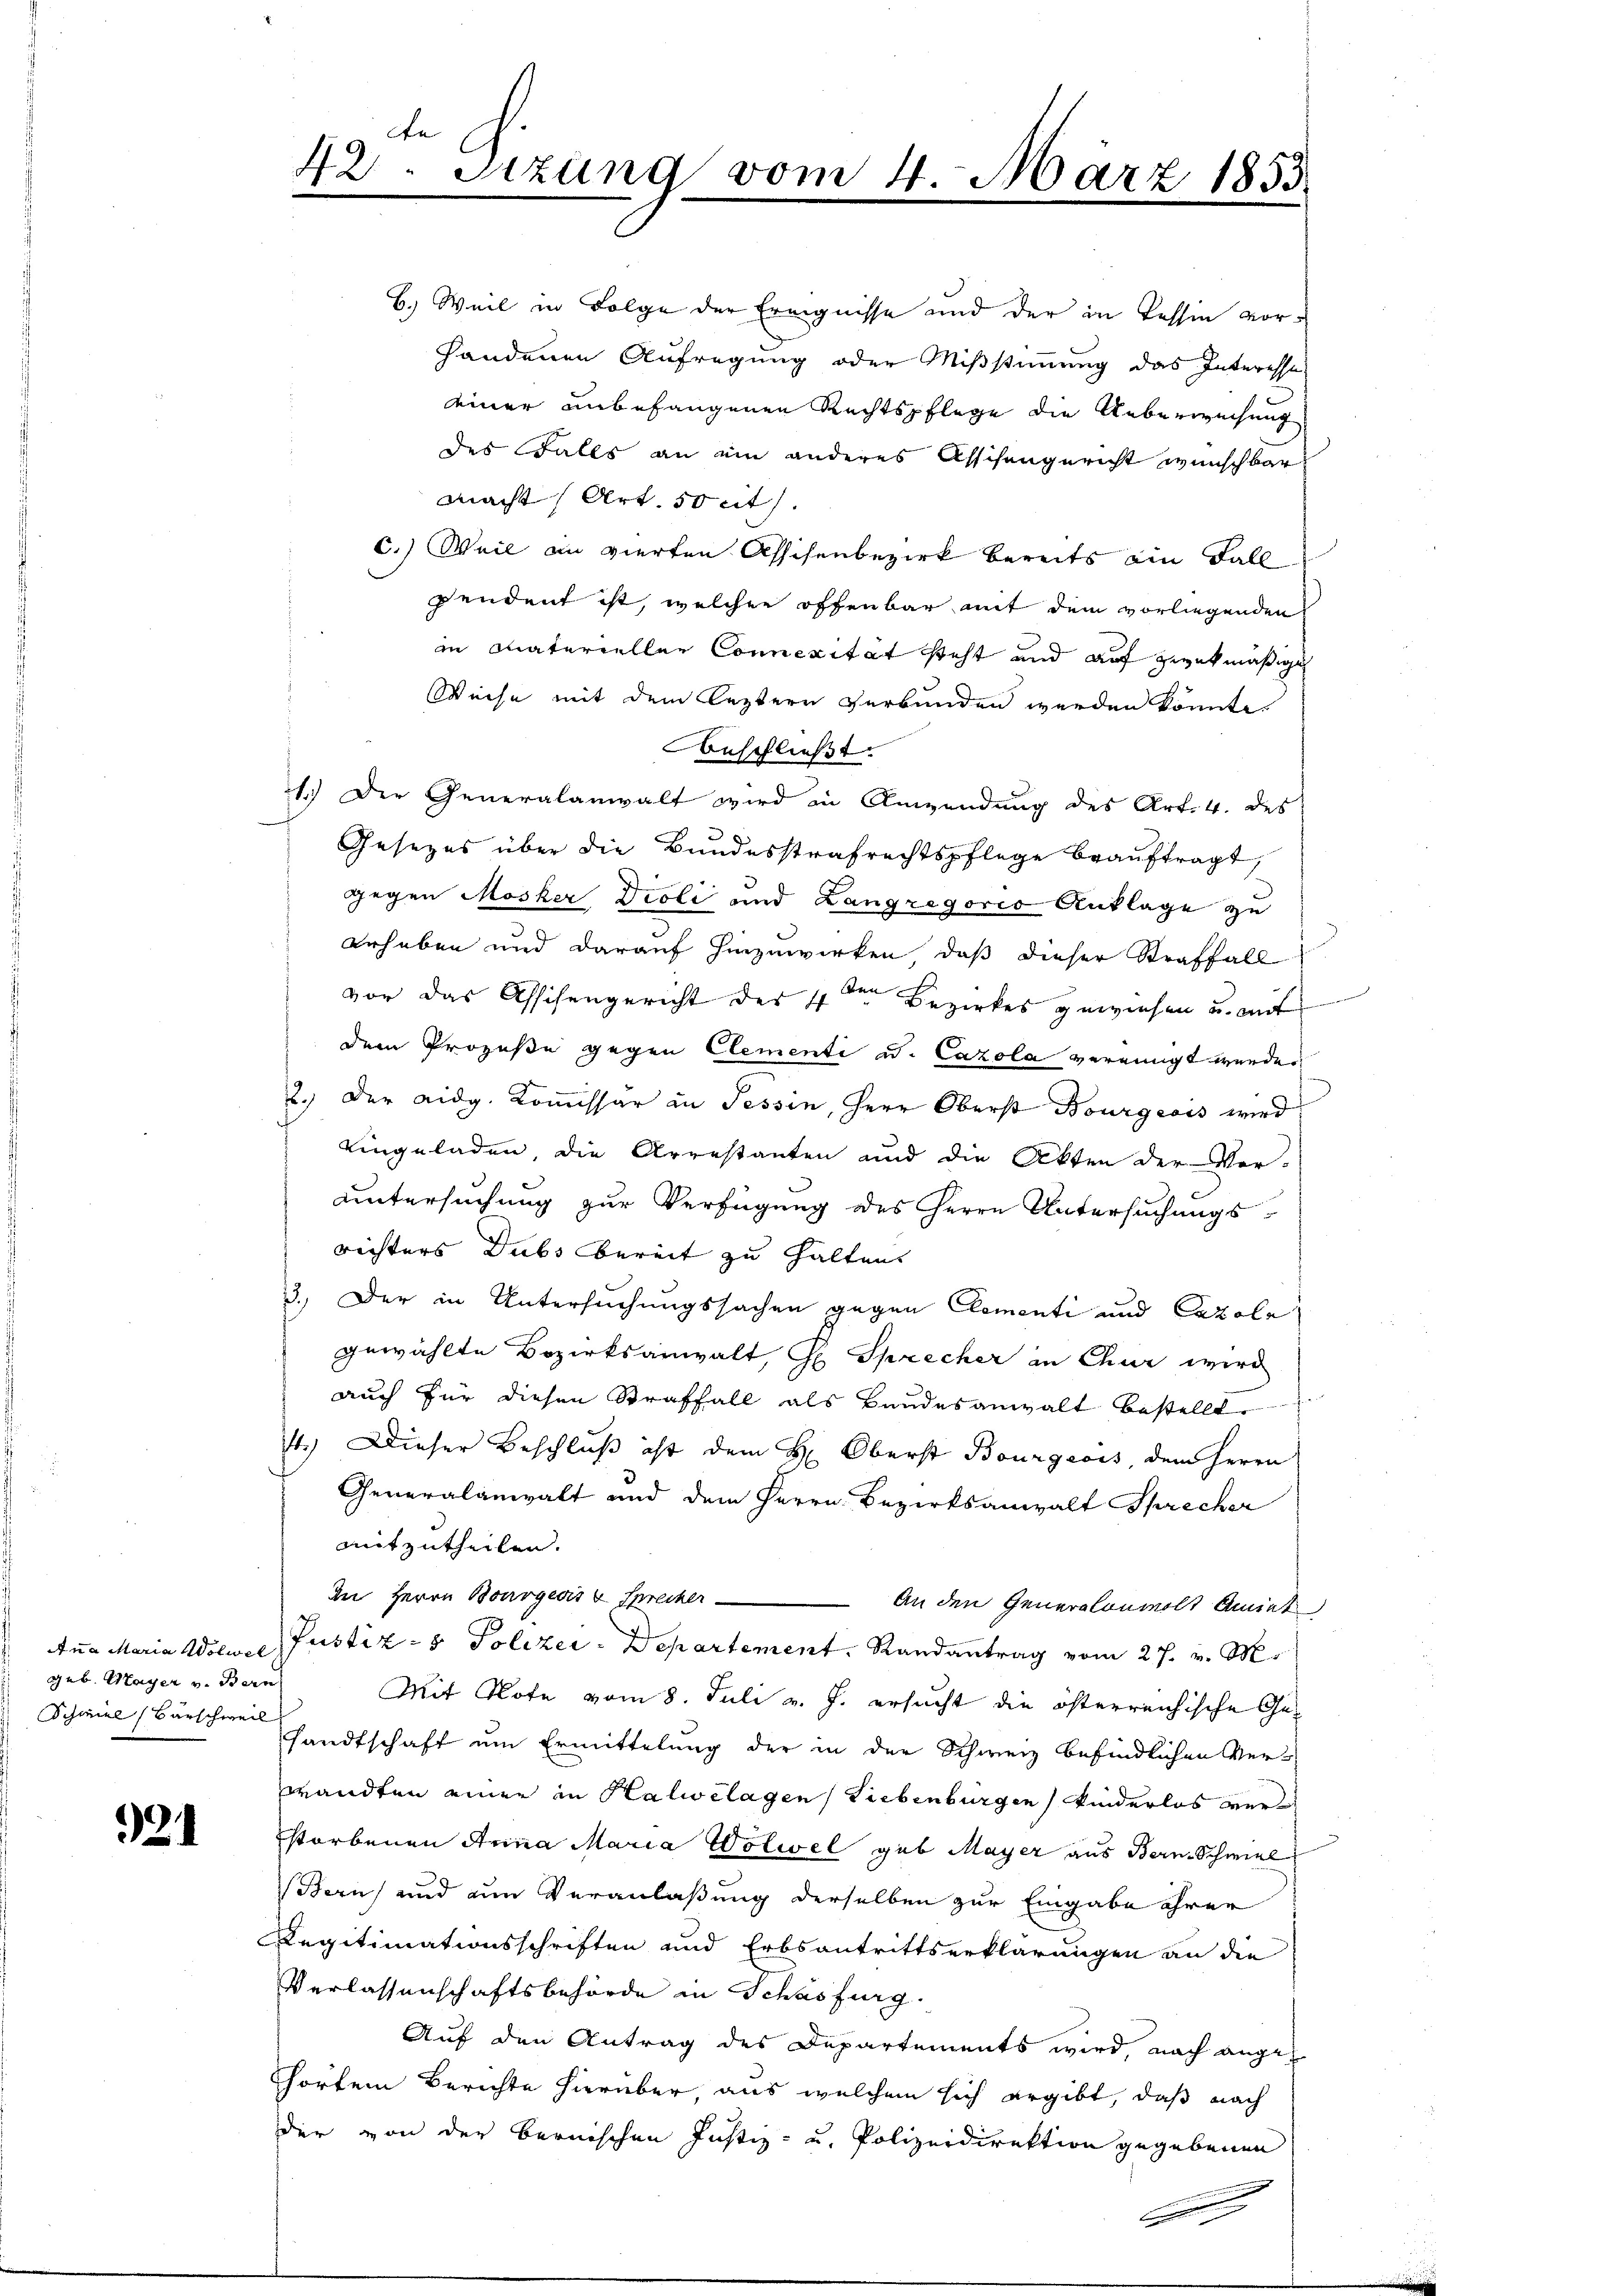
geb. Mayer v. Bern
Schmiel Barschweil

924

e
t
42. Sitzung vom 4. März 1855.

B. Weil in Folge der Ereignisse und der in Tessin vorhandenen Aufregung oder Mißstimmung das Interesser
einer unbefangenen Rechtspflege die Ueberweisung
des Falls an ein anderes Asschengericht wünschbar
macht (Art. so cit.
C.) Weil an vierten Assisenbezirk bereits ein Fall
pendent ist, welcher offenbar mit dem vorliegenden
in Materieller Connexität steht und auf zwekmäßige
Weise mit dem leztern verbunden werden könnte.
Aeschließt:
11.) Der Generalanwalt wird in Anwendung des Art. 4. des
Gesezes über die Bundesstrafrechtspflege beauftragt,
gegen Mosker Dioli und Langregorio Anklage zu
erhaben und darauf hinzuwirken, daß dieser Straffall
vor das Assisengericht des 11 de
Bezirkes gewiesen u. mit
dem Prozeße gegen Clementi ad. Cazola vereinigt werden
2.) Der eidg. Kommissar in Tessin, Herr Oberst Bourgeois wird
Eingeladen, die Arrestanten und die Akten der Vor-
untersuchung zur Verfügung des Herrn Untersuchungsrichters Dubs bereit zu halten.
3. Der in Untersuchungssachen gegen Clementi und Cazola
gewählte Bezirksanwalt, Ge Sprecher in Chur wird
auch für diesen Straffall als Bandesanwalt bestellt.
74.) Dieser Beschluß ist dem H: Oberst Bourgeois, dem Herrn
Generalanwalt und dem Herrn Bezirksanwalt Sprecher
mitzutheilen.
In Herrn Bourgeois v Sprecher
An den Generalonwolt Amiet
Ana Maria Wölwel, Justiz- & Polizei - Departement. Randantrag vom 27. v. M.
Mit Rote vom 8. Juli v. J. ersucht die österreichische Gesandtschaft um Ermittelung der in der Schweiz befindlichen Verwandten einer in Halwilagen Liebenburgen Kinderlos verstorbenen Anna Maria Wolwel geb. Mayer aus Bern Schmel
Bern und um Veranlaßung derselben zur Eingabe ihrer
Legitimationsschriften und Erbsantrittserklärungen an die
Verlassenschaftsbehörde in Schäsfurg.
Auf den Antrag des Departements wird, nach angeh
hörtem Berichte hierüber, aus welchem sich ergibt, daß nach
der von der bernischen Justiz- u. Polizeidirektion gegebenen
C